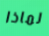
لماذا